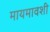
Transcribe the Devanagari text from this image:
मायमावशी